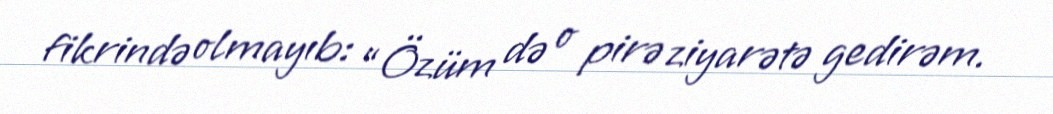
fikrində olmayıb: “Özüm də o pirə ziyarətə gedirəm.